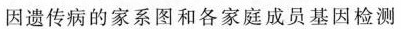
因遗传病的家系图和各家庭成员基因检测